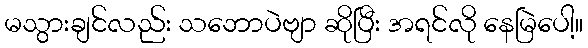
မသွားချင်လည်း သဘောပဲဗျာ ဆိုပြီး အရင်လို နေမြဲပေါ့။